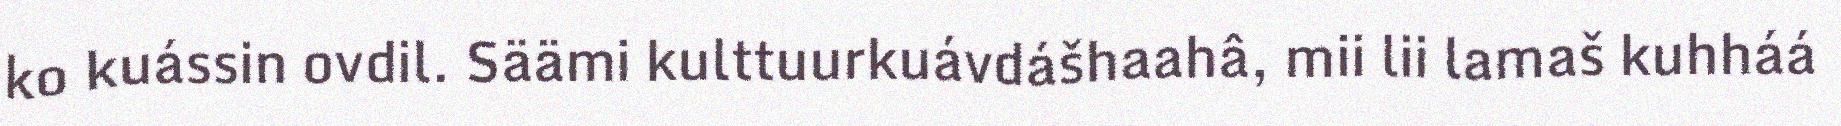
ko kuássin ovdil. Säämi kulttuurkuávdášhaahâ, mii lii lamaš kuhháá